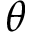
\theta